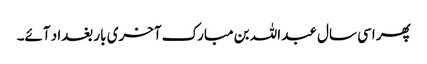
پھر اسی سال عبد اللہ بن مبارک آخری بار بغداد آئے۔